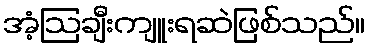
အံ့ဩချီးကျူးရဆဲဖြစ်သည်။